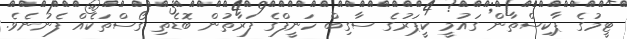
ޓީމުގެ ޕާކިސްތާން ގައުމީ ކީޕަރުގެ ސާގިބް ހަނީފްގެ ފަރާތުން ބޮޑެތި ގޯސްތަކެއް ފެނުނެވެ.